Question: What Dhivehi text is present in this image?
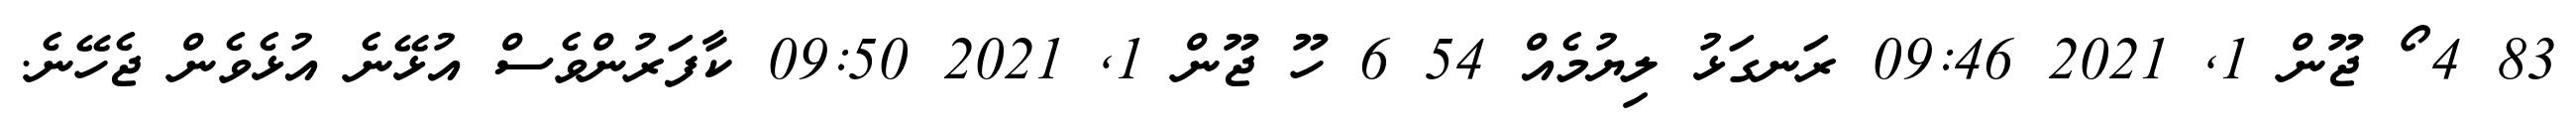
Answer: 83 4 ޯ ޖޫން 1, 2021 09:46 ރަނގަޅު ލިޔުމެއް 54 6 ހޫ ޖޫން 1, 2021 09:50 ކާފަރުންވެސް އުޅޭނެ އުޅެވެން ޖެހޭނެ.